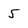
Character: 5